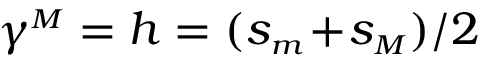
\gamma ^ { { \scriptscriptstyle M } } = h = ( s _ { { \scriptscriptstyle m } } \! + \! s _ { { \scriptscriptstyle M } } ) / 2